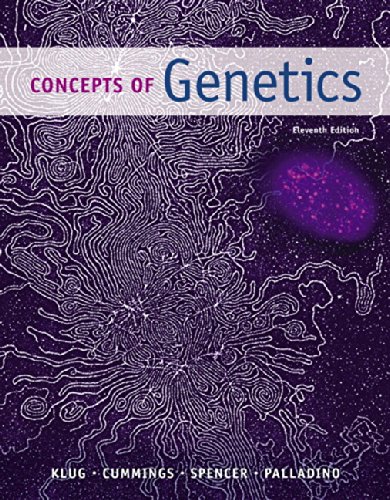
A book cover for Concepts of Genetics (11th Edition); William S. Klug; Medical Books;